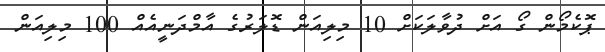
ޕޮކެމޯން ގޯ އަށް ދުވާލަކަށް 10 މިލިއަން ޑޮލަރުގެ އާމްދަނީއެއް 100 މިލިއަން